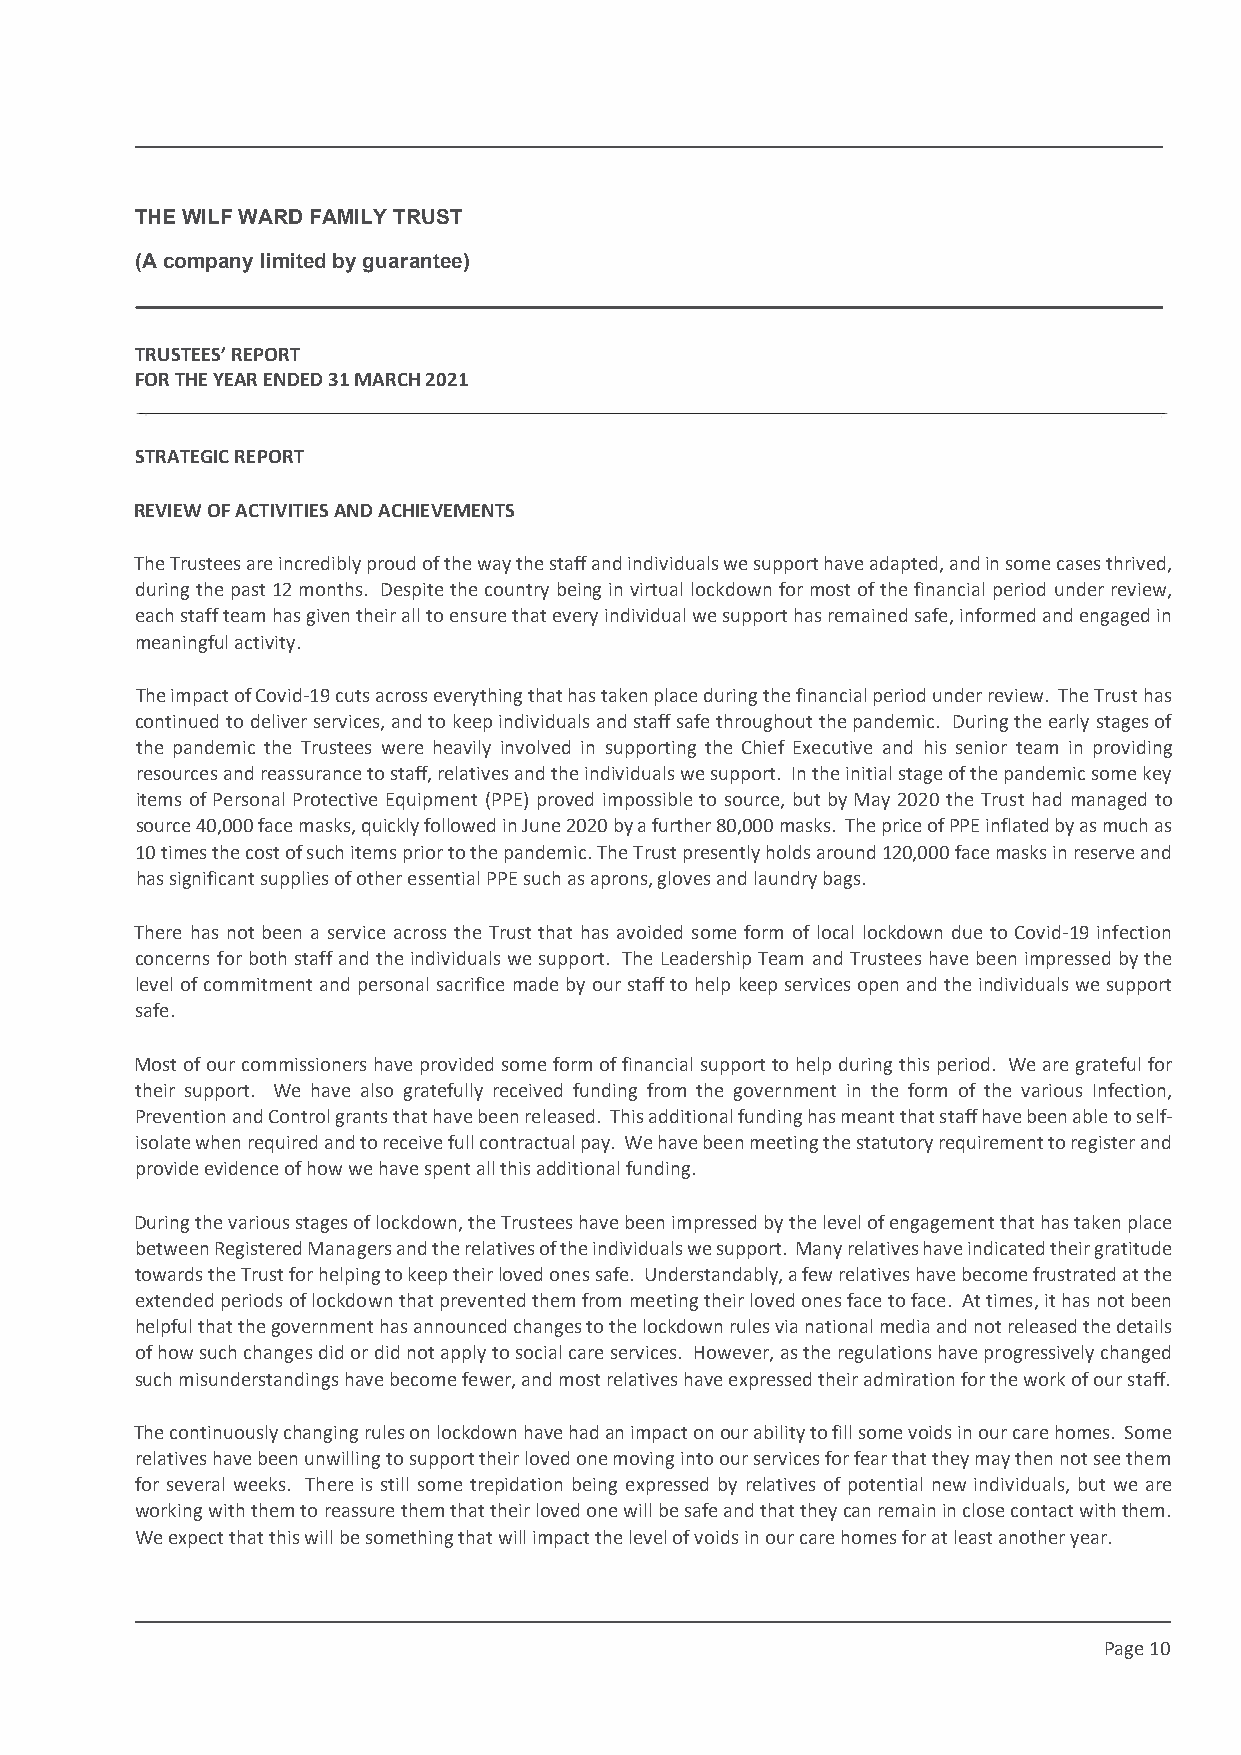
This draft produced on 28/7/2021 11:34
 THE WILF WARD FAMILY TRUST
 (A company limited by guarantee)
 TRUSTEES’ REPORT
 FOR THE YEAR ENDED 31 MARCH 2021
 STRATEGIC REPORT
 REVIEW OF ACTIVITIES AND ACHIEVEMENTS
 The Trustees are incredibly proud of the way the staff and individuals we support have adapted, and in some cases thrived,
 during the past 12 months. Despite the country being in virtual lockdown for most of the financial period under review,
 each staff team has given their all to ensure that every individual we support has remained safe, informed and engaged in
 meaningful activity.
 The impact of Covid-19 cuts across everything that has taken place during the financial period under review. The Trust has
 continued to deliver services, and to keep individuals and staff safe throughout the pandemic. During the early stages of
 the pandemic the Trustees were heavily involved in supporting the Chief Executive and his senior team in providing
 resources and reassurance to staff, relatives and the individuals we support. In the initial stage of the pandemic some key
 items of Personal Protective Equipment (PPE) proved impossible to source, but by May 2020 the Trust had managed to
 source 40,000 face masks, quickly followed in June 2020 by a further 80,000 masks. The price of PPE inflated by as much as
 10 times the cost of such items prior to the pandemic. The Trust presently holds around 120,000 face masks in reserve and
 has significant supplies of other essential PPE such as aprons, gloves and laundry bags.
 There has not been a service across the Trust that has avoided some form of local lockdown due to Covid-19 infection
 concerns for both staff and the individuals we support. The Leadership Team and Trustees have been impressed by the
 level of commitment and personal sacrifice made by our staff to help keep services open and the individuals we support
 safe.
 Most of our commissioners have provided some form of financial support to help during this period. We are grateful for
 their support. We have also gratefully received funding from the government in the form of the various Infection,
 Prevention and Control grants that have been released. This additional funding has meant that staff have been able to self-
 isolate when required and to receive full contractual pay. We have been meeting the statutory requirement to register and
 provide evidence of how we have spent all this additional funding.
 During the various stages of lockdown, the Trustees have been impressed by the level of engagement that has taken place
 between Registered Managers and the relatives of the individuals we support. Many relatives have indicated their gratitude
 towards the Trust for helping to keep their loved ones safe. Understandably, a few relatives have become frustrated at the
 extended periods of lockdown that prevented them from meeting their loved ones face to face. At times, it has not been
 helpful that the government has announced changes to the lockdown rules via national media and not released the details
 of how such changes did or did not apply to social care services. However, as the regulations have progressively changed
 such misunderstandings have become fewer, and most relatives have expressed their admiration for the work of our staff.
 The continuously changing rules on lockdown have had an impact on our ability to fill some voids in our care homes. Some
 relatives have been unwilling to support their loved one moving into our services for fear that they may then not see them
 for several weeks. There is still some trepidation being expressed by relatives of potential new individuals, but we are
 working with them to reassure them that their loved one will be safe and that they can remain in close contact with them.
 We expect that this will be something that will impact the level of voids in our care homes for at least another year.
 Page 10